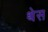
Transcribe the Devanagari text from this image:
थेस